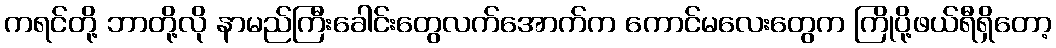
ကရင်တို့ ဘာတို့လို နာမည်ကြီးခေါင်းတွေလက်အောက်က ကောင်မလေးတွေက ကြိုပို့ဖယ်ရီရှိတော့